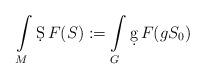
LaTeX: \begin{align*}\int\limits_{M}\d S \,F(S):=\int\limits_{G}\d g\,F(gS_{0})\end{align*}